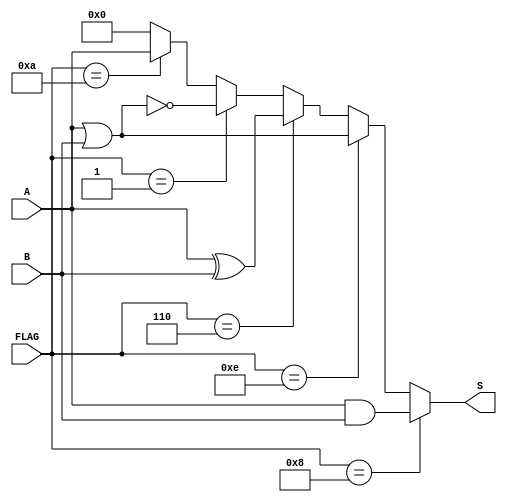
`timescale 1ns / 1ps
// 2013011076 Wang Han
// Logical Operation Module

module LOGIC(input	[31:0]	A,
			input	[31:0]	B,
			input	[3:0]	FLAG,
			output	[31:0]	S);

	parameter FLAG_LOGIC_AND = 4'b1000;
	parameter FLAG_LOGIC_OR  = 4'b1110;
	parameter FLAG_LOGIC_XOR = 4'b0110;
	parameter FLAG_LOGIC_NOR = 4'b0001;
	parameter FLAG_LOGIC_A   = 4'b1010;

	parameter ERROR_OUTPUT = 32'h00000000;

	assign S = (FLAG == FLAG_LOGIC_AND) ? (A & B) :
					(FLAG == FLAG_LOGIC_OR) ? (A | B) :
						(FLAG == FLAG_LOGIC_XOR) ? (A ^ B) :
							(FLAG == FLAG_LOGIC_NOR) ? ~(A | B) :
								(FLAG == FLAG_LOGIC_A) ? A :
									ERROR_OUTPUT;

endmodule